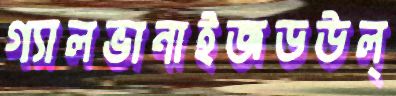
গ্যালভানাইজডউল্